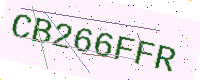
Text: CB266FFR